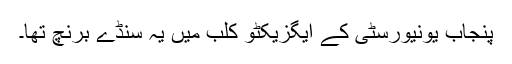
پنجاب یونیورسٹی کے ایگزیکٹو کلب میں یہ سنڈے برنچ تھا۔